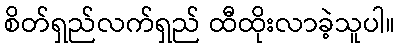
စိတ်ရှည်လက်ရှည် ထီထိုးလာခဲ့သူပါ။